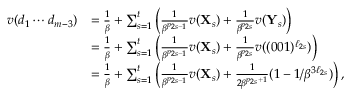
\begin{array} { r l } { v ( d _ { 1 } \cdots d _ { m - 3 } ) } & { = \frac 1 \beta + \sum _ { s = 1 } ^ { t } \left( \frac 1 { \beta ^ { p _ { 2 s - 1 } } } v ( \mathbf X _ { s } ) + \frac 1 { \beta ^ { p _ { 2 s } } } v ( \mathbf Y _ { s } ) \right) } \\ & { = \frac 1 \beta + \sum _ { s = 1 } ^ { t } \left( \frac 1 { \beta ^ { p _ { 2 s - 1 } } } v ( \mathbf X _ { s } ) + \frac 1 { \beta ^ { p _ { 2 s } } } v ( ( 0 0 1 ) ^ { \ell _ { 2 s } } ) \right) } \\ & { = \frac 1 \beta + \sum _ { s = 1 } ^ { t } \left( \frac 1 { \beta ^ { p _ { 2 s - 1 } } } v ( \mathbf X _ { s } ) + \frac 1 { 2 \beta ^ { p _ { 2 s } + 1 } } ( 1 - 1 / \beta ^ { 3 \ell _ { 2 s } } ) \right) , } \end{array}